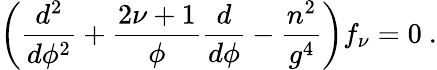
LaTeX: \left(\frac{d^{2}}{d\phi^{2}}+\frac{2\nu+1}{\phi}\frac{d}{d\phi}-\frac{n^{2}}{g^{4}}\right)f_{\nu}=0~.